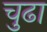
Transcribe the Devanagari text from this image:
चुढा